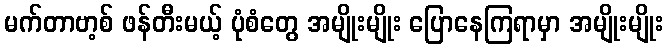
မက်တာဗာ့စ် ဖန်တီးမယ့် ပုံစံတွေ အမျိုးမျိုး ပြောနေကြရာမှာ အမျိုးမျိုး